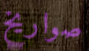
صواريخ